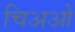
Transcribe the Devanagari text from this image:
चिअओ